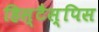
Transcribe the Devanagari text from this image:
हिस्टैस्पिस